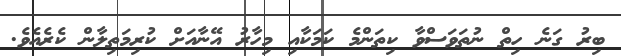
ބިރު ގަނެ ހިތް ނުތަވަސްވާ ކިތަންމެ ކަމަކާއި މިހާރު އޭނާއަށް ކުރިމަތިލާން ކެރެއެވެ.